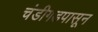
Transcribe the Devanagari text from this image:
चंडीगडपासून